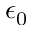
\epsilon _ { 0 }